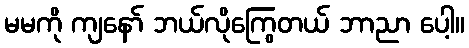
မမကို ကျနော် ဘယ်လိုကြွေတယ် ဘာညာ ပေါ့။